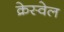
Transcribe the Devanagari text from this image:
क्रेस्वेल